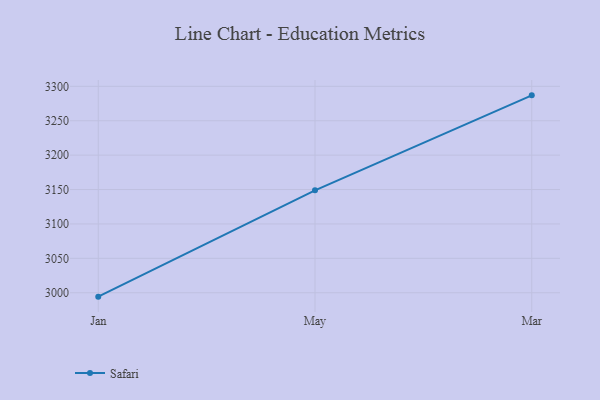
{"axis": {"x": "Month", "y": "Inventory Turnover"}, "legend": ["Safari"], "data": [{"x": "Jan", "y": 2994.3, "type": "Safari"}, {"x": "May", "y": 3148.9, "type": "Safari"}, {"x": "Mar", "y": 3286.9, "type": "Safari"}]}